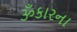
ૐકારના